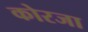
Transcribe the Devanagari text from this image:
कोरजा